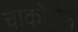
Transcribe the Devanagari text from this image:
चाकोरीत